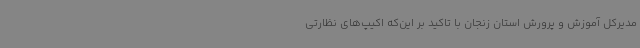
مدیرکل آموزش و پرورش استان زنجان با تاکید بر این‌که اکیپ‌های نظارتی